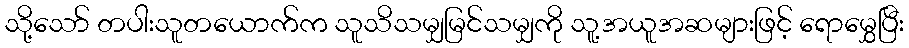
သို့သော် တပါးသူတယောက်က သူသိသမျှမြင်သမျှကို သူ့အယူအဆများဖြင့် ရောမွှေပြီး